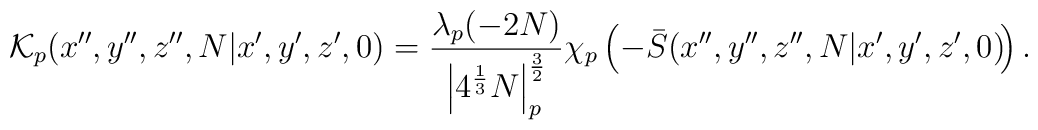
\!{\cal K}_p(x'',y'',z'',N|x',y',z',0)=\frac{\lambda_p(-2N)}{\left|4^{\frac 1 3}N\right|_p^{\frac 3 2}}\chi_p\left(-\bar S(x'',y'',z'',N|x',y',z',0)\!\right).